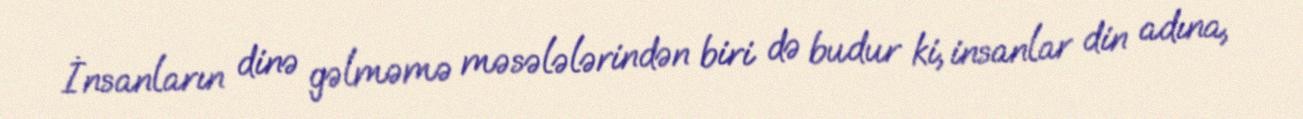
İnsanların dinə gəlməmə məsələlərindən biri də budur ki, insanlar din adına,